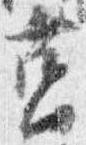
筥